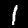
Digit: 1